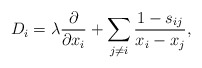
\begin{align*} D_i= \lambda {\partial \over \partial x_i} + \sum_{j \not= i}{1-s_{ij} \over x_i-x_j},\end{align*}